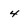
Character: 4